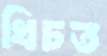
খিচত